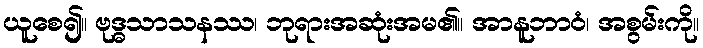
ယူစေ၍။ ဗုဒ္ဓသာသနဿ၊ ဘုရားအဆုံးအမ၏။ အာနူဘာဝံ၊ အစွမ်းကို။